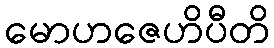
မောဟဇေဟိပီတိ